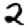
Digit: 2